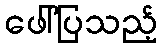
ဖေါ်ပြသည့်